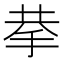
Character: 拲